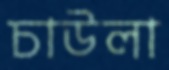
চাউলা